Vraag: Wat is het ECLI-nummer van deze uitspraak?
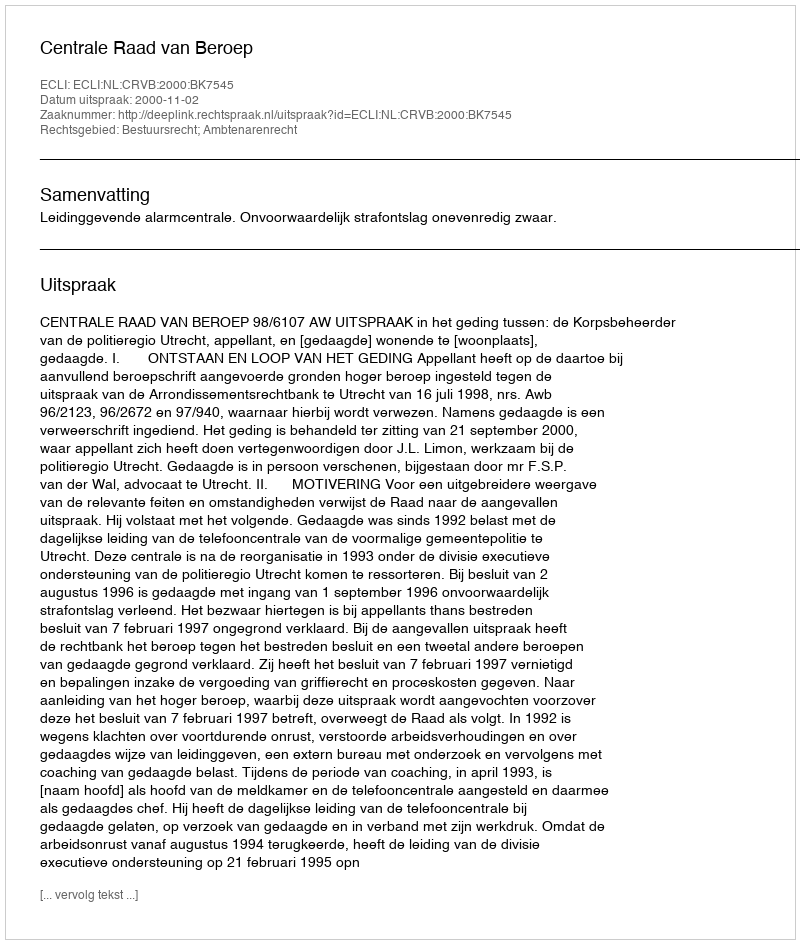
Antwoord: ECLI:NL:CRVB:2000:BK7545